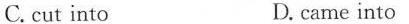
C. cut into D.came into